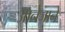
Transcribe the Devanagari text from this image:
आनेजाने